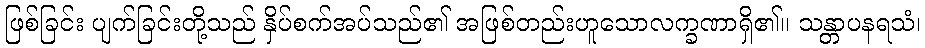
ဖြစ်ခြင်း ပျက်ခြင်းတို့သည် နှိပ်စက်အပ်သည်၏ အဖြစ်တည်းဟူသောလက္ခဏာရှိ၏။ သန္တာပနရသံ၊